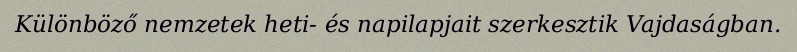
Különböző nemzetek heti- és napilapjait szerkesztik Vajdaságban.